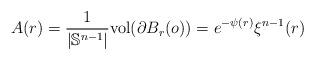
LaTeX: \begin{align*}A(r) = \frac{1}{|\mathbb{S}^{n-1}|}{\rm vol} (\partial B_r(o)) = e^{-\psi(r)}\xi^{n-1}(r)\end{align*}